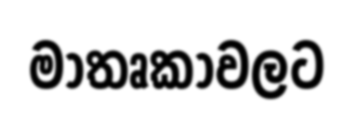
මාතෘකාවලට